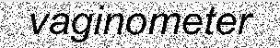
vaginometer